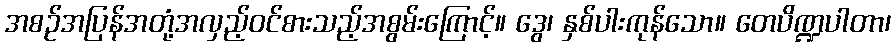
အစဉ်အပြန်အတုံ့အလှည့်ဝင်စားသည့်အစွမ်းကြောင့်။ ဒွေ၊ နှစ်ပါးကုန်သော။ တေပိဏ္ဍပါတာ၊